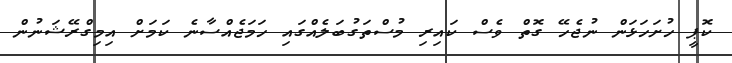
ކޮޕީ ހުށަހަޅަން ނުޖެހޭ ގޮތް ވެސް ކައިރި މުސްތަގުބަލެއްގައި ހަމަޖެއްސާނެ ކަމަށް އިމިގްރޭޝަނުން